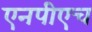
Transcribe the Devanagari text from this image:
एनपीएच